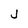
Character: j